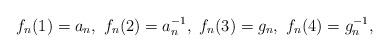
LaTeX: \begin{align*} f_n(1) = a_n,\ f_n(2) = a_n^{-1},\ f_n(3) = g_n,\ f_n(4) = g_n^{-1}, \end{align*}